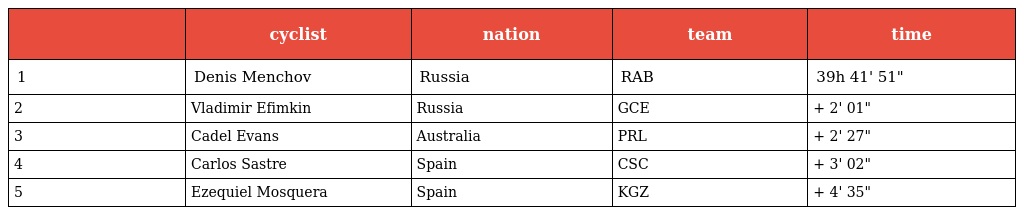
|  | cyclist | nation | team | time |
 | --- | --- | --- | --- | --- |
 | 1 | Denis Menchov | Russia | RAB | 39h 41' 51" |
 | 2 | Vladimir Efimkin | Russia | GCE | + 2' 01" |
 | 3 | Cadel Evans | Australia | PRL | + 2' 27" |
 | 4 | Carlos Sastre | Spain | CSC | + 3' 02" |
 | 5 | Ezequiel Mosquera | Spain | KGZ | + 4' 35" |